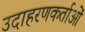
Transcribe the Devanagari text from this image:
उदाहरणकर्ताओं